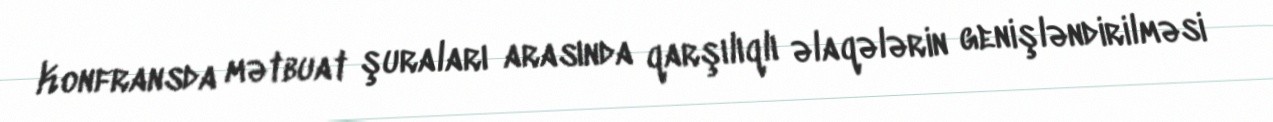
Konfransda mətbuat şuraları arasında qarşılıqlı əlaqələrin genişləndirilməsi